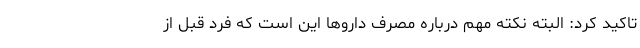
تاکید کرد: البته نکته مهم درباره مصرف داروها این است که فرد قبل از